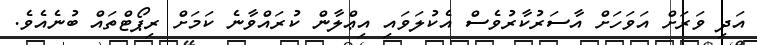
އަދި ވަރަށް އަވަހަށް އާސަރުކާރުވެސް އެކުލަވައި އިޢްލާން ކުރައްވާނެ ކަމަށް ރިޕޯޓްތައް ބުނެއެވެ.